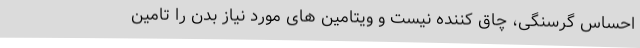
احساس گرسنگی، چاق کننده نیست و ویتامین های مورد نیاز بدن را تامین